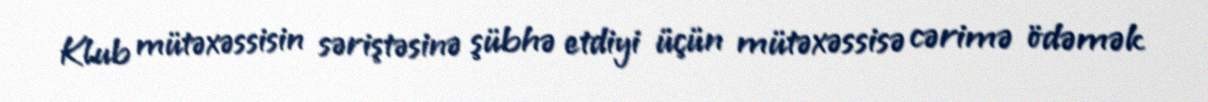
Klub mütəxəssisin səriştəsinə şübhə etdiyi üçün mütəxəssisə cərimə ödəmək